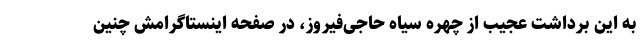
به این برداشتِ عجیب از چهره سیاه حاجی‌فیروز، در صفحه اینستاگرامش چنین